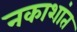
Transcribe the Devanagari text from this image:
नकाशांत